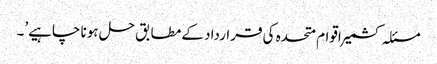
مسئلہ کشمیر اقوام متحدہ کی قرارداد کے مطابق حل ہونا چاہیے’۔